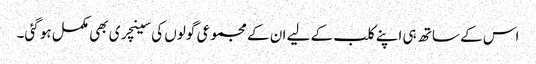
اس کے ساتھ ہی اپنے کلب کے لیے ان کے مجموعی گولوں کی سینچری بھی مکمل ہو گئی۔